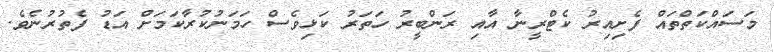
މަސައްކަތްތައް ފެށިއިރު ކެޓްރީނާ އާއި ރަންބީރު ހަތަރު ކަޅިވެސް ހަމަނުކުރާކަމަށް އަޑު ފެތުރުނެވެ.